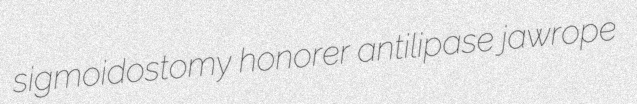
sigmoidostomy honorer antilipase jawrope